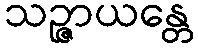
သဉ္ဇာယန္တေ